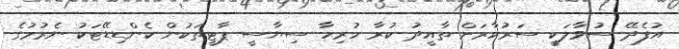
އުފެދޭ ސުވާލަކީ ސަރުކާރަށް ތާއީދު ކުރާ ހުރިހާ ސިޔާސީ ޕާޓީތަކުން ކެންޑިޑޭޓަކު ނެރުމުގެ